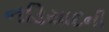
નડિયાદની